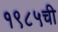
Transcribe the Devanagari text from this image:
१९८५ची